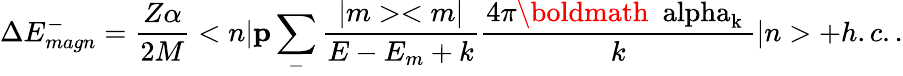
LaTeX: \Delta E_{magn}^{-}=\frac{Z\alpha}{2M}<{n}|{\mathbf p}\sum_{-}\frac{|m><m|}{E-E_{m}+k}\frac{4\pi\mathrm{\boldmath~\ alpha_{k}~}}{k}|{n}>+h.c..